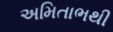
અમિતાભથી